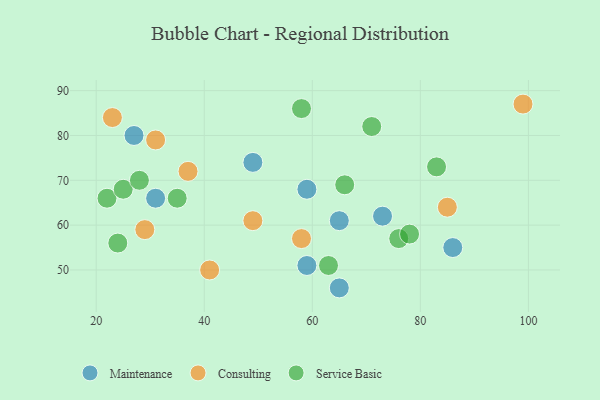
{"axis": {"x": "GDP", "y": "Life Expectancy"}, "legend": ["Consulting", "Maintenance", "Service Basic"], "data": [{"x": "31", "y": 66, "type": "Maintenance"}, {"x": "27", "y": 80, "type": "Maintenance"}, {"x": "59", "y": 51, "type": "Maintenance"}, {"x": "49", "y": 74, "type": "Maintenance"}, {"x": "86", "y": 55, "type": "Maintenance"}, {"x": "65", "y": 61, "type": "Maintenance"}, {"x": "73", "y": 62, "type": "Maintenance"}, {"x": "59", "y": 68, "type": "Maintenance"}, {"x": "65", "y": 46, "type": "Maintenance"}, {"x": "58", "y": 57, "type": "Consulting"}, {"x": "29", "y": 59, "type": "Consulting"}, {"x": "23", "y": 84, "type": "Consulting"}, {"x": "85", "y": 64, "type": "Consulting"}, {"x": "99", "y": 87, "type": "Consulting"}, {"x": "31", "y": 79, "type": "Consulting"}, {"x": "41", "y": 50, "type": "Consulting"}, {"x": "37", "y": 72, "type": "Consulting"}, {"x": "49", "y": 61, "type": "Consulting"}, {"x": "71", "y": 82, "type": "Service Basic"}, {"x": "76", "y": 57, "type": "Service Basic"}, {"x": "63", "y": 51, "type": "Service Basic"}, {"x": "78", "y": 58, "type": "Service Basic"}, {"x": "35", "y": 66, "type": "Service Basic"}, {"x": "22", "y": 66, "type": "Service Basic"}, {"x": "83", "y": 73, "type": "Service Basic"}, {"x": "25", "y": 68, "type": "Service Basic"}, {"x": "24", "y": 56, "type": "Service Basic"}, {"x": "58", "y": 86, "type": "Service Basic"}, {"x": "66", "y": 69, "type": "Service Basic"}, {"x": "28", "y": 70, "type": "Service Basic"}]}